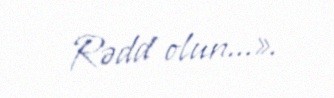
Rədd olun...».